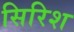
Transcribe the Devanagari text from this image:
सिरिश